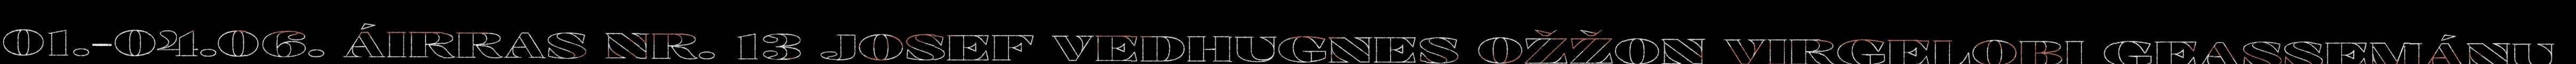
01.-04.06. ÁIRRAS NR. 13 JOSEF VEDHUGNES OŽŽON VIRGELOBI GEASSEMÁNU